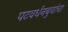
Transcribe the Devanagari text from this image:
पटवर्धनबुवांचा